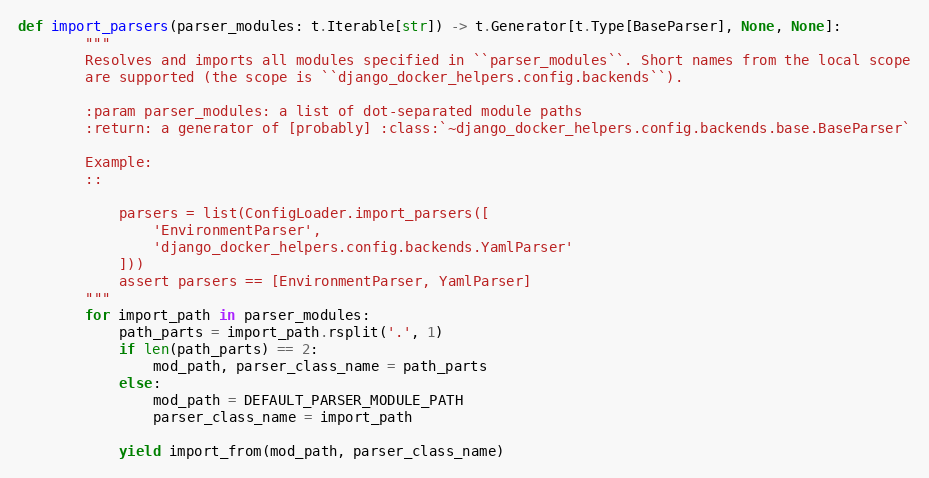
Language: Python
def import_parsers(parser_modules: t.Iterable[str]) -> t.Generator[t.Type[BaseParser], None, None]:
        """
        Resolves and imports all modules specified in ``parser_modules``. Short names from the local scope
        are supported (the scope is ``django_docker_helpers.config.backends``).

        :param parser_modules: a list of dot-separated module paths
        :return: a generator of [probably] :class:`~django_docker_helpers.config.backends.base.BaseParser`

        Example:
        ::

            parsers = list(ConfigLoader.import_parsers([
                'EnvironmentParser',
                'django_docker_helpers.config.backends.YamlParser'
            ]))
            assert parsers == [EnvironmentParser, YamlParser]
        """
        for import_path in parser_modules:
            path_parts = import_path.rsplit('.', 1)
            if len(path_parts) == 2:
                mod_path, parser_class_name = path_parts
            else:
                mod_path = DEFAULT_PARSER_MODULE_PATH
                parser_class_name = import_path

            yield import_from(mod_path, parser_class_name)